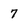
Character: 7